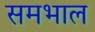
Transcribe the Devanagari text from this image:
समभाल